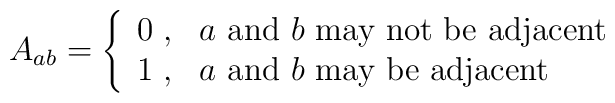
A_{ab}=\left\{\begin{array}{ll}0\;,&\mbox{$a$ and $b$ may not be adjacent}\\1\;,&\mbox{$a$ and $b$ may be adjacent}\end{array}\right.